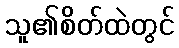
သူ၏စိတ်ထဲတွင်